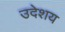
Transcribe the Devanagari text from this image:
उदेशय